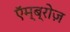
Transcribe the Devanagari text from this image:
एॅम्ब्रोज़